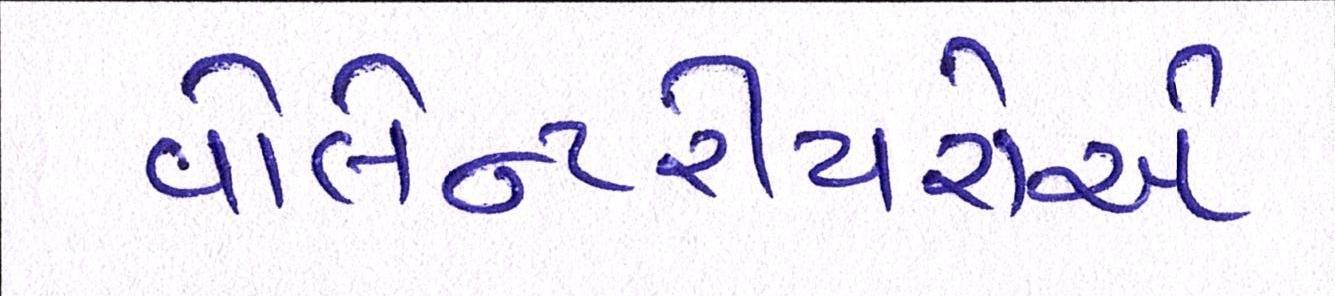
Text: વોલેન્ટરીયરોએ